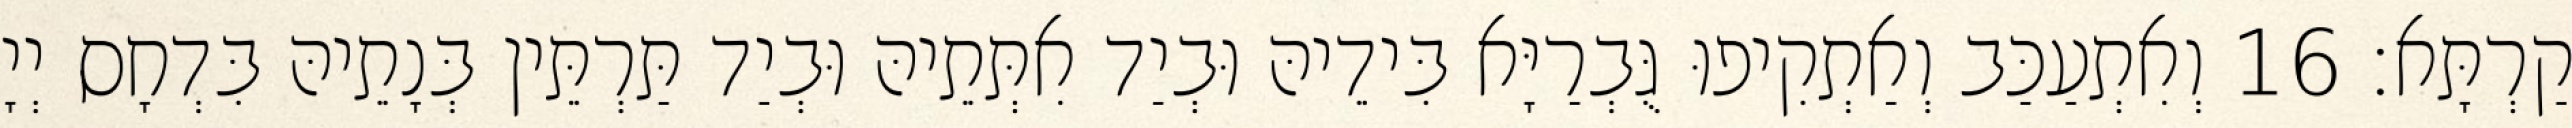
קַרְתָּא׃ 16 וְאִתְעַכַּב וְאַתְקִיפוּ גֻּבְרַיָּא בִּידֵיהּ וּבְיַד אִתְּתֵיהּ וּבְיַד תַּרְתֵּין בְּנָתֵיהּ בִּדְחָס יְיָ